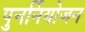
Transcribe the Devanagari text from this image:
पुनर्नियोजन